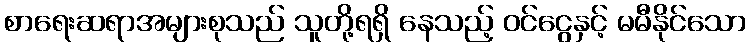
စာရေးဆရာအများစုသည် သူတို့ရရှိ နေသည့် ဝင်ငွေနှင့် မမီနိုင်သော